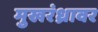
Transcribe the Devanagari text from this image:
मुखरंध्रावर